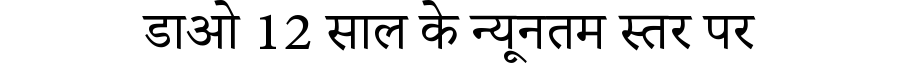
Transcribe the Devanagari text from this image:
डाओ 12 साल के न्यूनतम स्तर पर